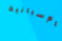
بالإسبانية